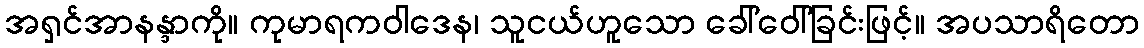
အရှင်အာနန္ဒာကို။ ကုမာရကဝါဒေန၊ သူငယ်ဟူသော ခေါ်ဝေါ်ခြင်းဖြင့်။ အပသာရိတော